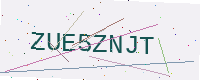
Text: ZUE5ZNJT